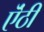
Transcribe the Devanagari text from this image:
ऎंठी